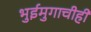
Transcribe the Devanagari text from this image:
भुईमुगाचीही